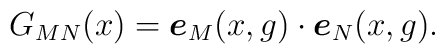
G_{MN}(x)=\mbox{\boldmath{$e$}}_M(x,g)\cdot\mbox{\boldmath{$e$}}_N(x,g).